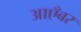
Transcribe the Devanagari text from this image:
आएँबर